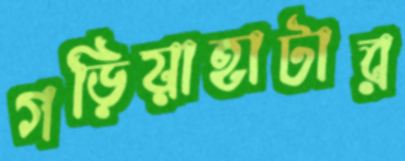
গড়িয়াহাটার